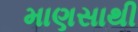
માણસાથી